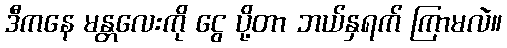
ဒီကနေ မန္တလေးကို ငွေ ပို့တာ ဘယ်နှရက် ကြာမလဲ။